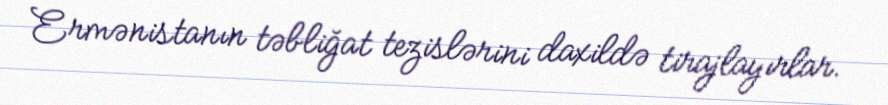
Ermənistanın təbliğat tezislərini daxildə tirajlayırlar.